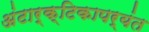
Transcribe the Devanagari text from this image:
अंटार्क्टिकापर्यंत